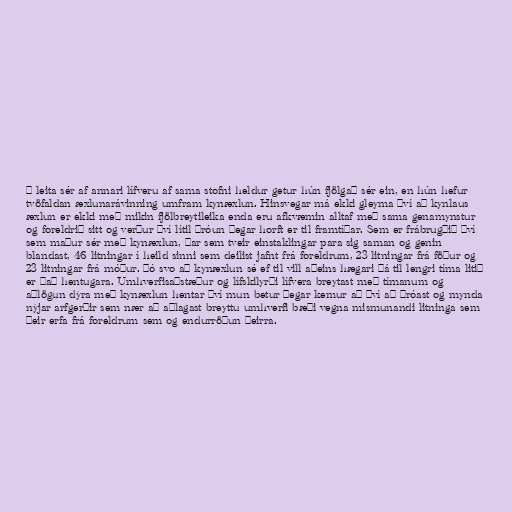
ð leita sér af annari lífveru af sama stofni heldur getur hún fjölgað sér ein, en hún hefur
tvöfaldan æxlunarávinning umfram kynæxlun. Hinsvegar má ekki gleyma því að kynlaus
æxlun er ekki með mikin fjölbreytileika enda eru afkvæmin alltaf með sama genamynstur
og foreldrið sitt og verður því lítil þróun þegar horft er til framtíðar. Sem er frábrugðið því
sem maður sér með kynæxlun, þar sem tveir einstaklingar para sig saman og genin
blandast, 46 litningar í heild sinni sem deilist jafnt frá foreldrum, 23 litningar frá föður og
23 litningar frá móður. Þó svo að kynæxlun sé ef til vill aðeins hægari þá til lengri tíma litið
er það hentugara. Umhverfisaðstæður og lífskilyrði lífvera breytast með tímanum og
aðlögun dýra með kynæxlun hentar því mun betur þegar kemur að því að þróast og mynda
nýjar arfgerðir sem nær að aðlagast breyttu umhverfi bæði vegna mismunandi litninga sem
þeir erfa frá foreldrum sem og endurröðun þeirra.